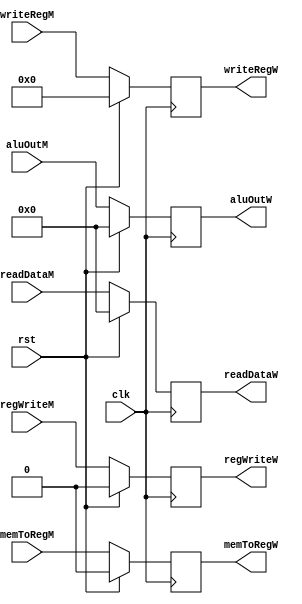
//========== Writeback Register ==========//
//inputs at memory stage, outputs at writeback stage
module regWriteback(
	input clk, 
	input rst,
	input regWriteM, 
	input memToRegM, 
	input [31:0] aluOutM, 
	input [31:0] readDataM, 
	input [4:0] writeRegM,
	output reg regWriteW, 
	output reg memToRegW, 
	output reg [31:0] aluOutW, 
	output reg [31:0] readDataW, 
	output reg [4:0] writeRegW);

always @(posedge clk) begin
	if (rst) begin
		regWriteW <= 0;
		memToRegW <= 0;
		aluOutW <= 0;
		readDataW <= 0;
		writeRegW <= 0;
	end
	else begin
		regWriteW <= regWriteM;
		memToRegW <= memToRegM;
		aluOutW <= aluOutM;
		readDataW <= readDataM;
		writeRegW <= writeRegM;
	end
end

endmodule